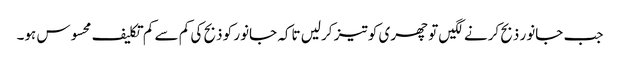
جب جانور ذبح کرنے لگیں تو چھری کو تیز کرلیں تاکہ جانور کو ذبح کی کم سے کم تکلیف محسوس ہو۔